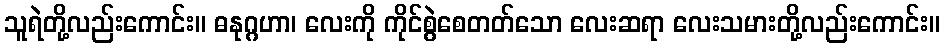
သူရဲတို့လည်းကောင်း။ ဓနုဂ္ဂဟာ၊ လေးကို ကိုင်စွဲစေတတ်သော လေးဆရာ လေးသမားတို့လည်းကောင်း။